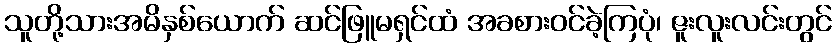
သူတို့သားအမိနှစ်ယောက် ဆင်ဖြူမရှင်ထံ အခစားဝင်ခဲ့ကြပုံ၊ ဇူးလူးလင်းတွင်